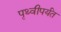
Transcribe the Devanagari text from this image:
पृथ्वीपर्यंत